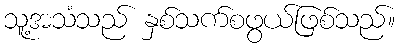
သူ့အသံသည် နှစ်သက်စဖွယ်ဖြစ်သည်။